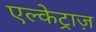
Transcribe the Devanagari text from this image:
एल्केट्राज़